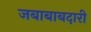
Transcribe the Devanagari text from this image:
जबाबाबदारी